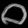
Digit: ၀